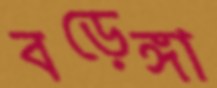
বড়েঙ্গা